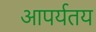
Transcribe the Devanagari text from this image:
आपर्यतय